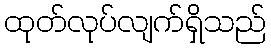
ထုတ်လုပ်လျက်ရှိသည်